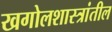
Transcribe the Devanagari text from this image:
खगोलशास्त्रांतील